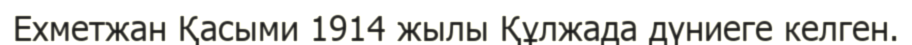
Ехметжан Қасыми 1914 жылы Құлжада дүниеге келген.